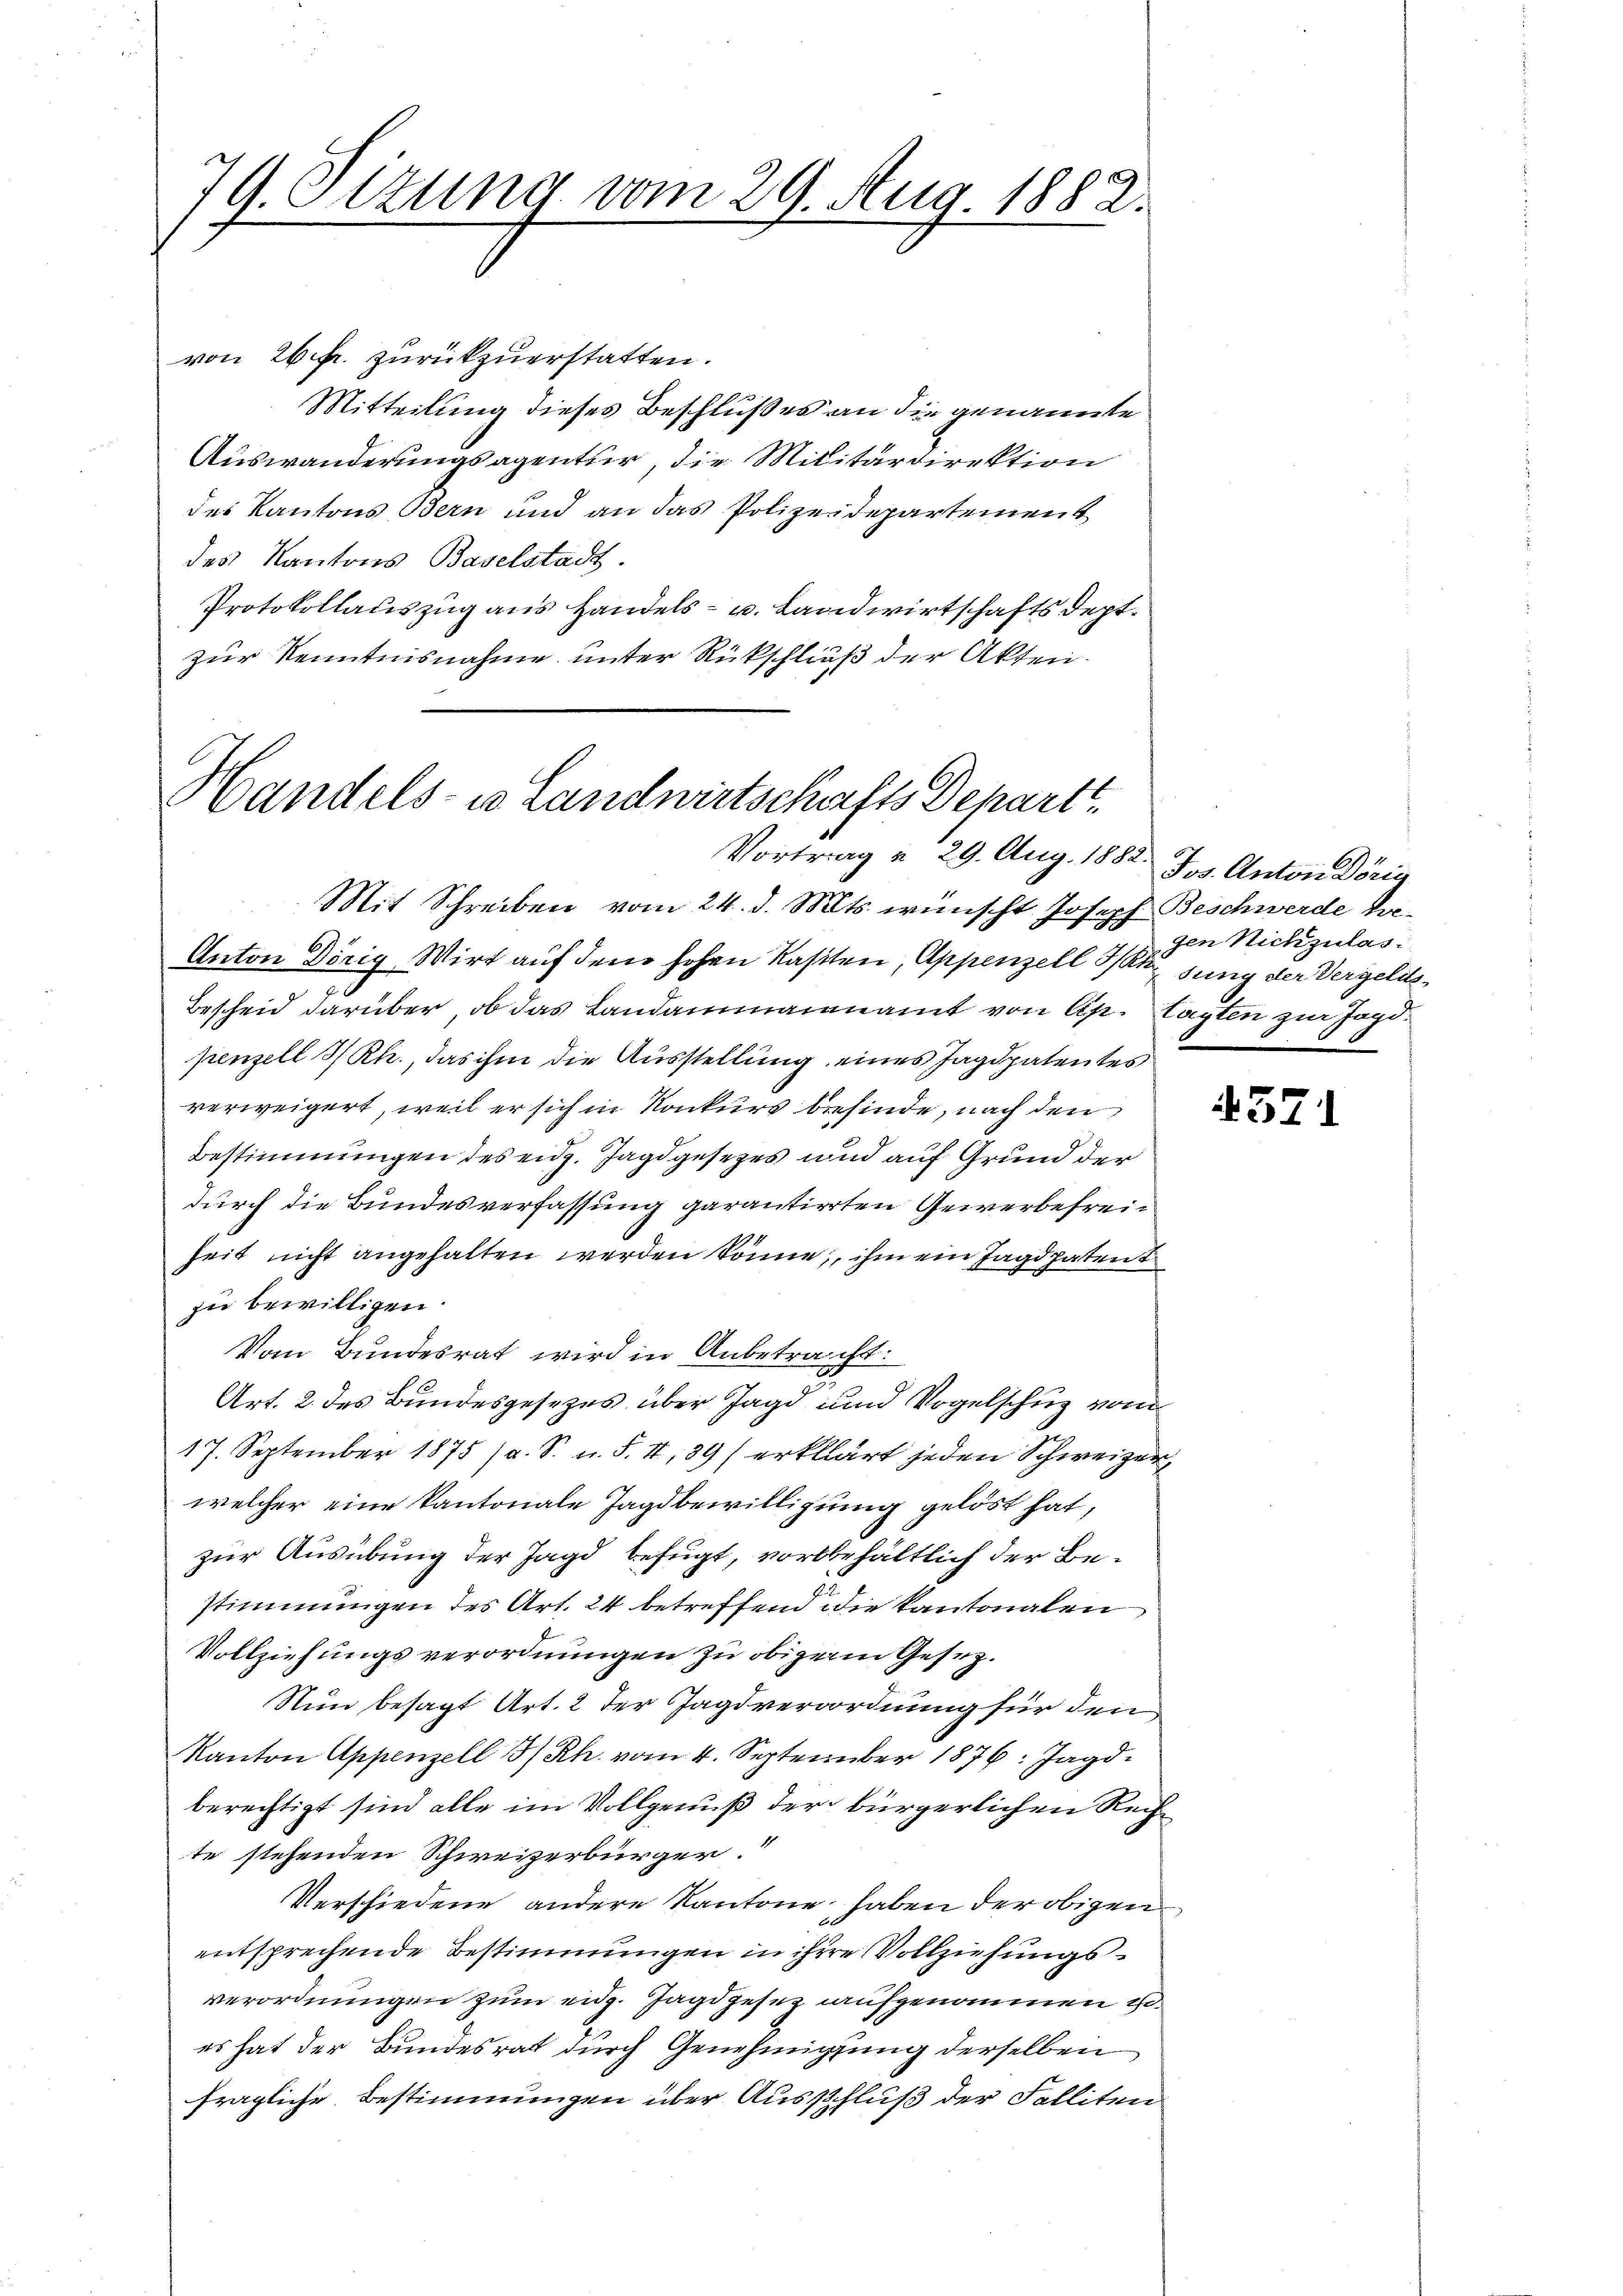
79. Ottung vom 29. Aug. 1882.

von 26. fr. zurückzuerstatten.
Mitteilung dieses Beschlußes an die genannte
Auswanderungsagentur, die Militärdirektion
des Kantons Bern und an das Polizeidepartement
des Kantons Baselstadt.
Protokollauszug aus Handels- u. Landwirtschaftsdept.
zur Kenntnisnahme unter Rückschließ der Akten.

Handels- u Landwirtschafts Depart
Vortrag v. 29. Aug. 1882.

Mit Schreiben vom 24. d. Mts. wünscht Joseph Beschwerde be¬
Anton Dörig, Wirt auf dem hohen Kasiten, Appenzell 3 jung der Vergelit¬
Bescheid darüber, ob das Landammannamt von Ap. Casten zur Jagdpenzell I/Rh., das ihm die Ausstellung eines Jagdpatentes
verweigert, weil er sich in Konkurs befinde, nach den
Bestimmungen des eidg. Jagdgesezes und auf Grund der
durch die Bundesverfassung garantierten Gewerbefreiheit nicht angehalten werden könne, ihm ein Jagdpatent
zu bewilligen.
Vom Bundesrat wird in Anbetracht:
Art. 2. des Bundesgesezes über Jagd und Vogelschuz von
17. September 1875 (a. S. u. F. II,89) erklärt jeden Schweizer
welcher eine kantonale Tagsbewilligung gelöst hat,
zur Ausübung der Jagd befugt, vorbehältlich der Bestimmungen des Art. 24 betreffend die Kantonalen
Vollziehungsverordnungen zu obigern Gesez¬
Nun besagt Art. 2 der Jagdverordnung für den
Kanton Appenzell I/Rh. vom 4. September 1876: Jagdberechtigt sind alle im Vollgenuß der bürgerlichen Rechte stehenden Schweizerbürger.
Verschiedene andere Kantone haben der obigen
entsprechende Bestimmungen in ihre Vollziehungsverordnungen zum eidg. Jagdgesez aufgenommen u.
es hat der Bundesrat durch Genehmigung derselben
fragliche Bestimmungen über Ausschluß der Falliten

Jos. Anton Dörig
gen Nichzulas

371